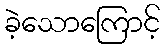
ခဲ့သောကြောင့်